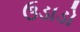
ઉડાડો